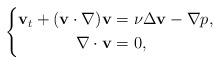
LaTeX: \begin{align*}\left\{\begin{aligned}\mathbf{v}_t+(\mathbf{v}\cdot \nabla)\mathbf{v}&=\nu\Delta {\bf v}-\nabla p,\\ \nabla\cdot \mathbf{v}&=0,\end{aligned}\right.\end{align*}